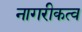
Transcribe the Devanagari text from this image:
नागरीकत्व